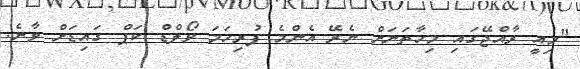
"މިއީ ރާއްޖޭގައި މިހާތަނަށް ނެރޭ އެންމެ ފުރިހަމަ ވޯލްޑް ކަޕް ގައިޑަށް ވާނެ.